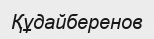
Құдайберенов